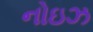
નોઇઝ